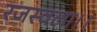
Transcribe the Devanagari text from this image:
रजस्वला।।